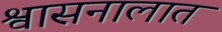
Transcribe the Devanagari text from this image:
श्वासनालात